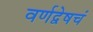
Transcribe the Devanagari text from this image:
वर्णद्वेषचं